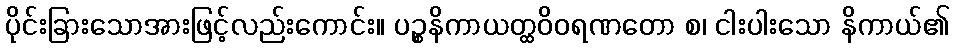
ပိုင်းခြားသောအားဖြင့်လည်းကောင်း။ ပဉ္စနိကာယတ္ထဝိဝရဏတော စ၊ ငါးပါးသော နိကာယ်၏